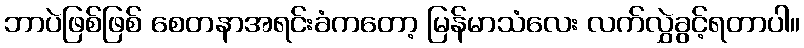
ဘာပဲဖြစ်ဖြစ် စေတနာအရင်းခံကတော့ မြန်မာသံလေး လက်လွှဲခွင့်ရတာပါ။